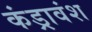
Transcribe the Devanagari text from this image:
कंड्रावंश